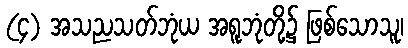
(၄) အသညသတ်ဘုံယ အရူဘုံတို့၌ ဖြစ်သောသူ၊